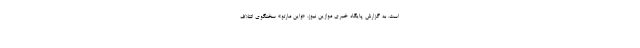
است. به گزارش پایگاه خبری موازین نیوز، «واین مارتو» سخنگوی ائتلاف